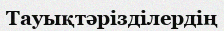
Тауықтәрізділердің